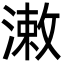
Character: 潄